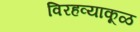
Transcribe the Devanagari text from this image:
विरहव्याकूळ